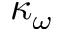
\kappa _ { \omega }